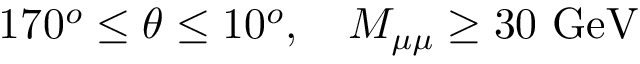
1 7 0 ^ { o } \leq \theta \leq 1 0 ^ { o } , ~ ~ ~ M _ { \mu \mu } \geq 3 0 ~ \mathrm { G e V }